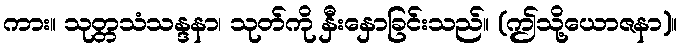
ကား။ သုတ္တသံသန္ဒနာ၊ သုတ်ကို နှီးနှောခြင်းသည်။ (ဤသို့ယောဇနာ)။